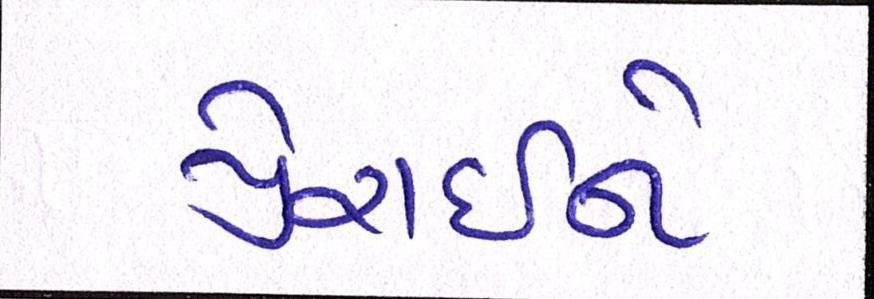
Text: પ્રેરાઇને